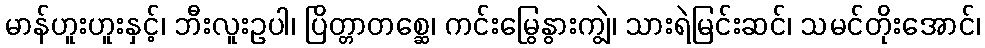
မာန်ဟူးဟူးနှင့်၊ ဘီးလူးဥပါ၊ ပြိတ္တာတစ္ဆေ၊ ကင်းမြွေနွားကျွဲ၊ သားရဲမြင်းဆင်၊ သမင်တိုးအောင်၊